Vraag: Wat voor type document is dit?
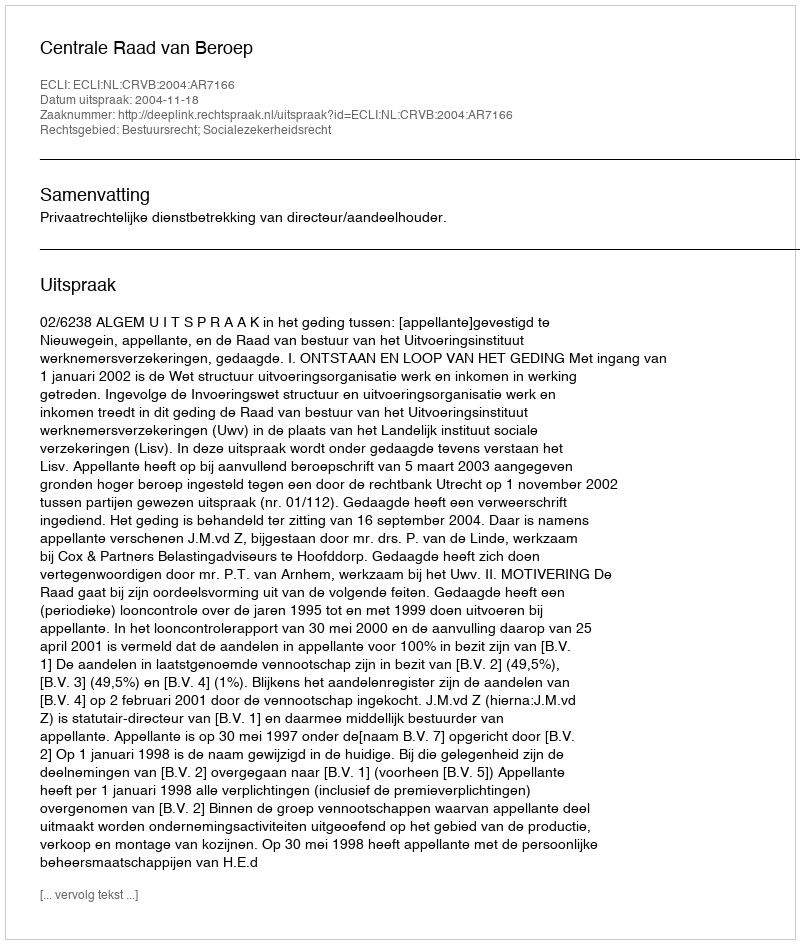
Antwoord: Uitspraak